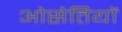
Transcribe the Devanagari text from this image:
ओसेतियों